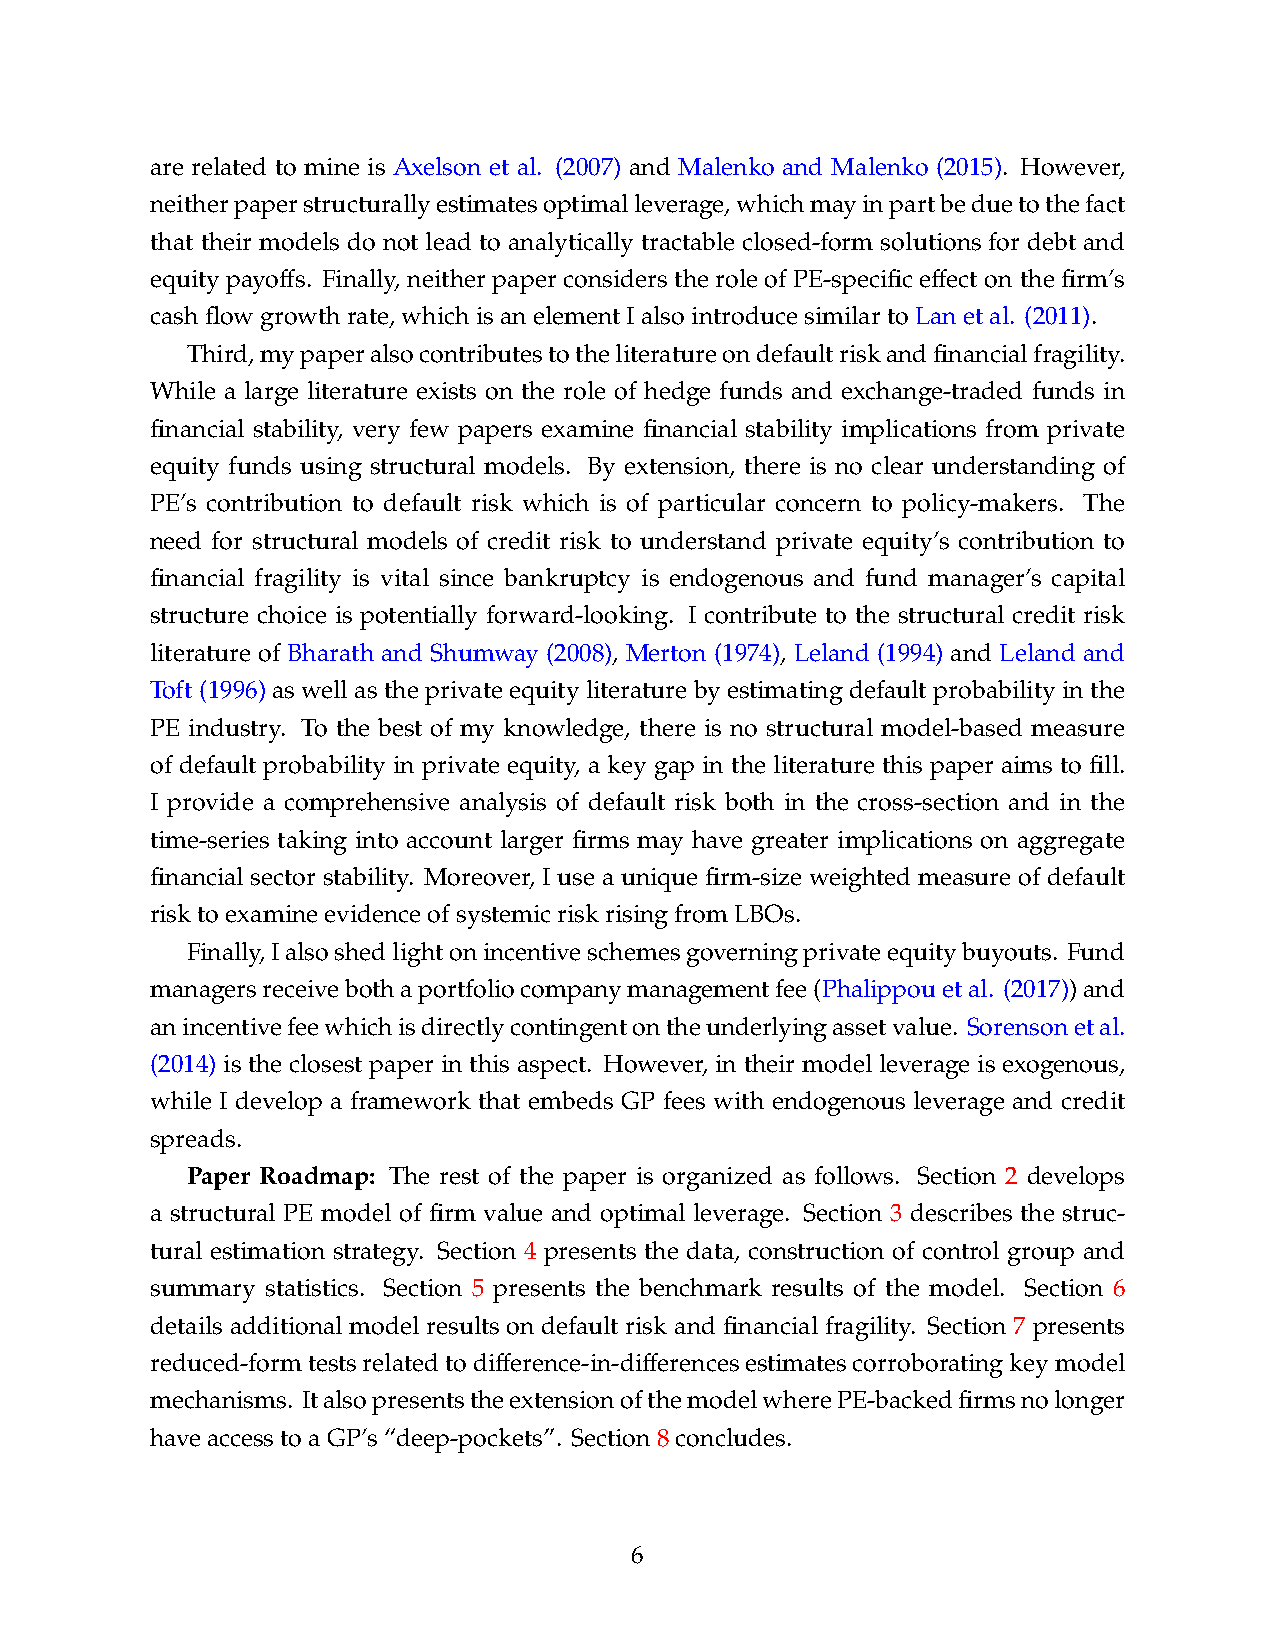
are related to mine is Axelson et al. (2007) and Malenko and Malenko (2015). However,
 neitherpaperstructurallyestimatesoptimalleverage,whichmayinpartbeduetothefact
 that their models do not lead to analytically tractable closed-form solutions for debt and
 equity payoffs. Finally, neither paper considers the role of PE-specific effect on the firm’s
 cashflowgrowthrate,whichisanelementIalsointroducesimilartoLanetal. (2011).
 Third,mypaperalsocontributestotheliteratureondefaultriskandfinancialfragility.
 While a large literature exists on the role of hedge funds and exchange-traded funds in
 financial stability, very few papers examine financial stability implications from private
 equity funds using structural models. By extension, there is no clear understanding of
 PE’s contribution to default risk which is of particular concern to policy-makers. The
 need for structural models of credit risk to understand private equity’s contribution to
 financial fragility is vital since bankruptcy is endogenous and fund manager’s capital
 structure choice is potentially forward-looking. I contribute to the structural credit risk
 literature of Bharath and Shumway (2008), Merton (1974), Leland (1994) and Leland and
 Toft (1996) as well as the private equity literature by estimating default probability in the
 PE industry. To the best of my knowledge, there is no structural model-based measure
 of default probability in private equity, a key gap in the literature this paper aims to fill.
 I provide a comprehensive analysis of default risk both in the cross-section and in the
 time-series taking into account larger firms may have greater implications on aggregate
 financial sector stability. Moreover, I use a unique firm-size weighted measure of default
 risktoexamineevidenceofsystemicriskrisingfromLBOs.
 Finally,Ialsoshedlightonincentiveschemesgoverningprivateequitybuyouts. Fund
 managersreceivebothaportfoliocompanymanagementfee(Phalippouetal. (2017))and
 anincentivefeewhichisdirectlycontingentontheunderlyingassetvalue. Sorensonetal.
 (2014) is the closest paper in this aspect. However, in their model leverage is exogenous,
 while I develop a framework that embeds GP fees with endogenous leverage and credit
 spreads.
 Paper Roadmap: The rest of the paper is organized as follows. Section 2 develops
 a structural PE model of firm value and optimal leverage. Section 3 describes the struc-
 tural estimation strategy. Section 4 presents the data, construction of control group and
 summary statistics. Section 5 presents the benchmark results of the model. Section 6
 details additional model results on default risk and financial fragility. Section 7 presents
 reduced-formtestsrelatedtodifference-in-differencesestimatescorroboratingkeymodel
 mechanisms. ItalsopresentstheextensionofthemodelwherePE-backedfirmsnolonger
 haveaccesstoaGP’s“deep-pockets”. Section8concludes.
 6